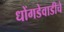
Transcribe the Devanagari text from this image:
धोंगडेवाडीचे